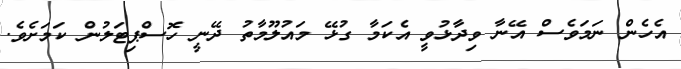
އެހެން ނަމަވެސް އޭނާ ވިދާޅުވީ އެކަމާ ގުޅޭ މައުލޫމާތު ދޭނީ ހޮސްޕިޓަލުން ކަމަށެވެ.